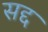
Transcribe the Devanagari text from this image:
सद्द